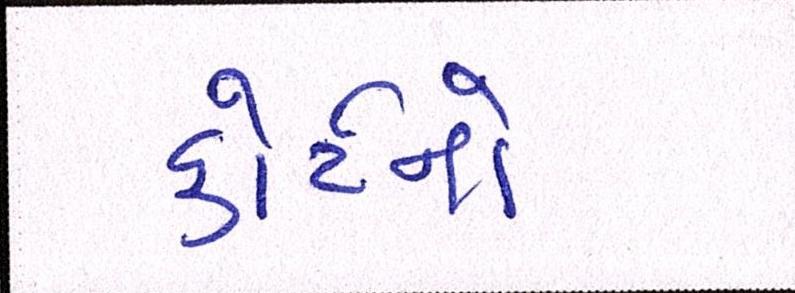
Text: કોર્ટને